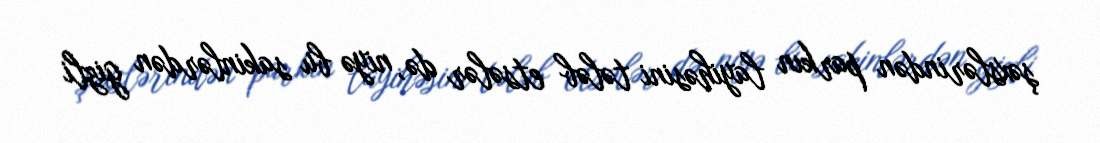
şəxslərindən parkın layihəsini tələb etsələr də, niyə bu sakinlərdən gizli